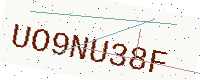
Text: UO9NU38F